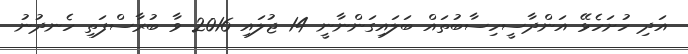
އަދި ހުށަހެޅޭ އަންދާސީހިސާބުތައް ބަލައިގަންނާނީ 14 ޖުލައި 2016 ވާ ބުރާސްފަތި ހެނދުނު